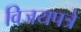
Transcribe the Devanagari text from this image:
विजयपत्रे